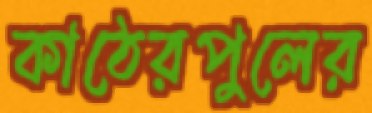
কাঠেরপুলের